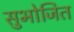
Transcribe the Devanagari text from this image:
सुभोजित